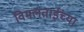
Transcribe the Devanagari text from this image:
विमलताईंच्या